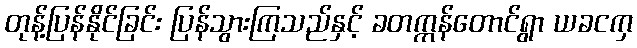
တုန့်ပြန်နိုင်ခြင်း ပြန်သွားကြသည်နှင့် ခတက္ကန်တောင်ရွာ ယခငကှ